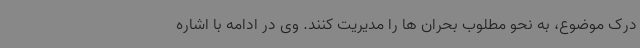
درک موضوع، به نحو مطلوب بحران ها را مدیریت کنند. وی در ادامه با اشاره